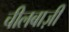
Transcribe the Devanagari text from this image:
चीलबाज़ी